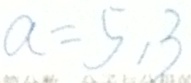
a = 5 , 3